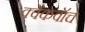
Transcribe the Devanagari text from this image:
क्वैकवॉच